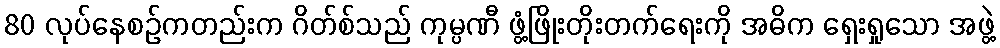
80 လုပ်နေစဉ်ကတည်းက ဂိတ်စ်သည် ကုမ္ပဏီ ဖွံ့ဖြိုးတိုးတက်ရေးကို အဓိက ရှေးရှုသော အဖွဲ့